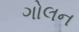
ગોલન